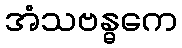
အံသဗန္ဓကေ